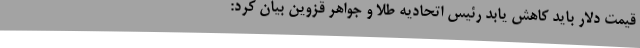
قیمت دلار باید کاهش یابد رئیس اتحادیه طلا و جواهر قزوین بیان کرد: